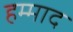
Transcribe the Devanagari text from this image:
हम्माद